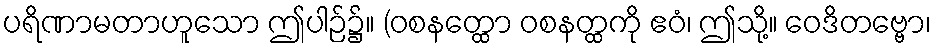
ပရိဏာမတာဟူသော ဤပါဉ်၌။ (ဝစနတ္ထော ဝစနတ္ထကို ဧဝံ၊ ဤသို့။ ဝေဒိတဗ္ဗော၊